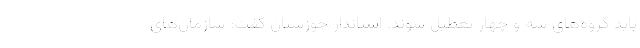
باید گروه‌های سه و چهار تعطیل شوند. استاندار خوزستان گفت: سازمان‌های